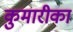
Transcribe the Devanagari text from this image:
कुमारीका